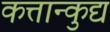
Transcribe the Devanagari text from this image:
कत्तान्कुद्य